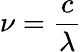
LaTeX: \nu=\frac{c}{\lambda}